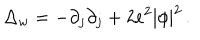
\Delta _ { w } = - \partial _ { j } \partial _ { j } + 2 e ^ { 2 } | \phi | ^ { 2 } \, .